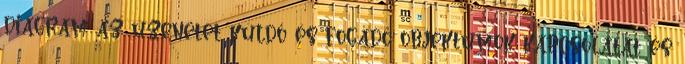
diagram az üzenetet küldő és fogadó objektumok kapcsolatát és